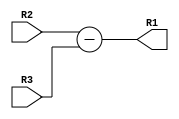
module subtractor (R1,R2,R3); //n bits
    
    input [31:0] R2,R3; //input 
    output reg [31:0] R1; //output 
    

    assign R1 = R2 - R3;
   
    
endmodule